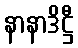
နာနာဒိဋ္ဌီ